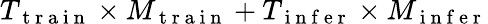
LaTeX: T_{\mathrm{~t~r~a~i~n~}}\times M_{\mathrm{~t~r~a~i~n~}}+T_{\mathrm{~i~n~f~e~r~}}\times M_{\mathrm{~i~n~f~e~r~}}